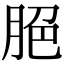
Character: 脃